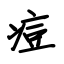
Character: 痘